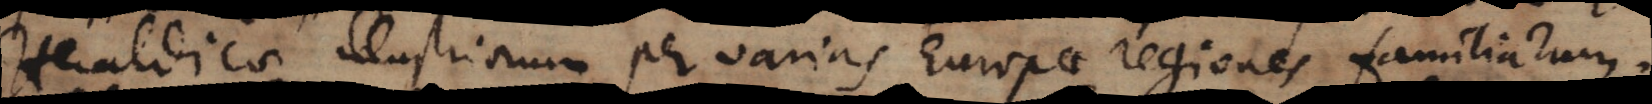
Heraldicae illustriorum per varias Europae regiones familiarum.